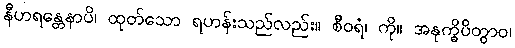
နီဟရန္တေနာပိ၊ ထုတ်သော ရဟန်းသည်လည်း။ စီဝရံ၊ ကို။ အနုက္ခိပိတွာဝ၊